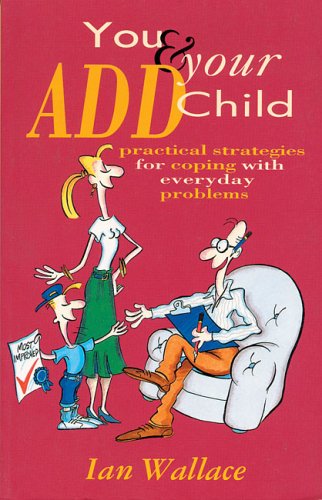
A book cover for You & Your ADD Child: Practical Strategies for Coping with Everyday Problems; Ian Wallace; Parenting & Relationships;